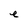
Character: e